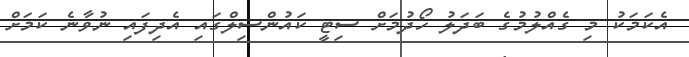
އެކަމަކު މި ގެއްލުމުގެ ބަދަލު ހޯދުމަށް ސިޓީ ކައުންސިލްގައި އެދިފައި ނުވާނެ ކަމަށް